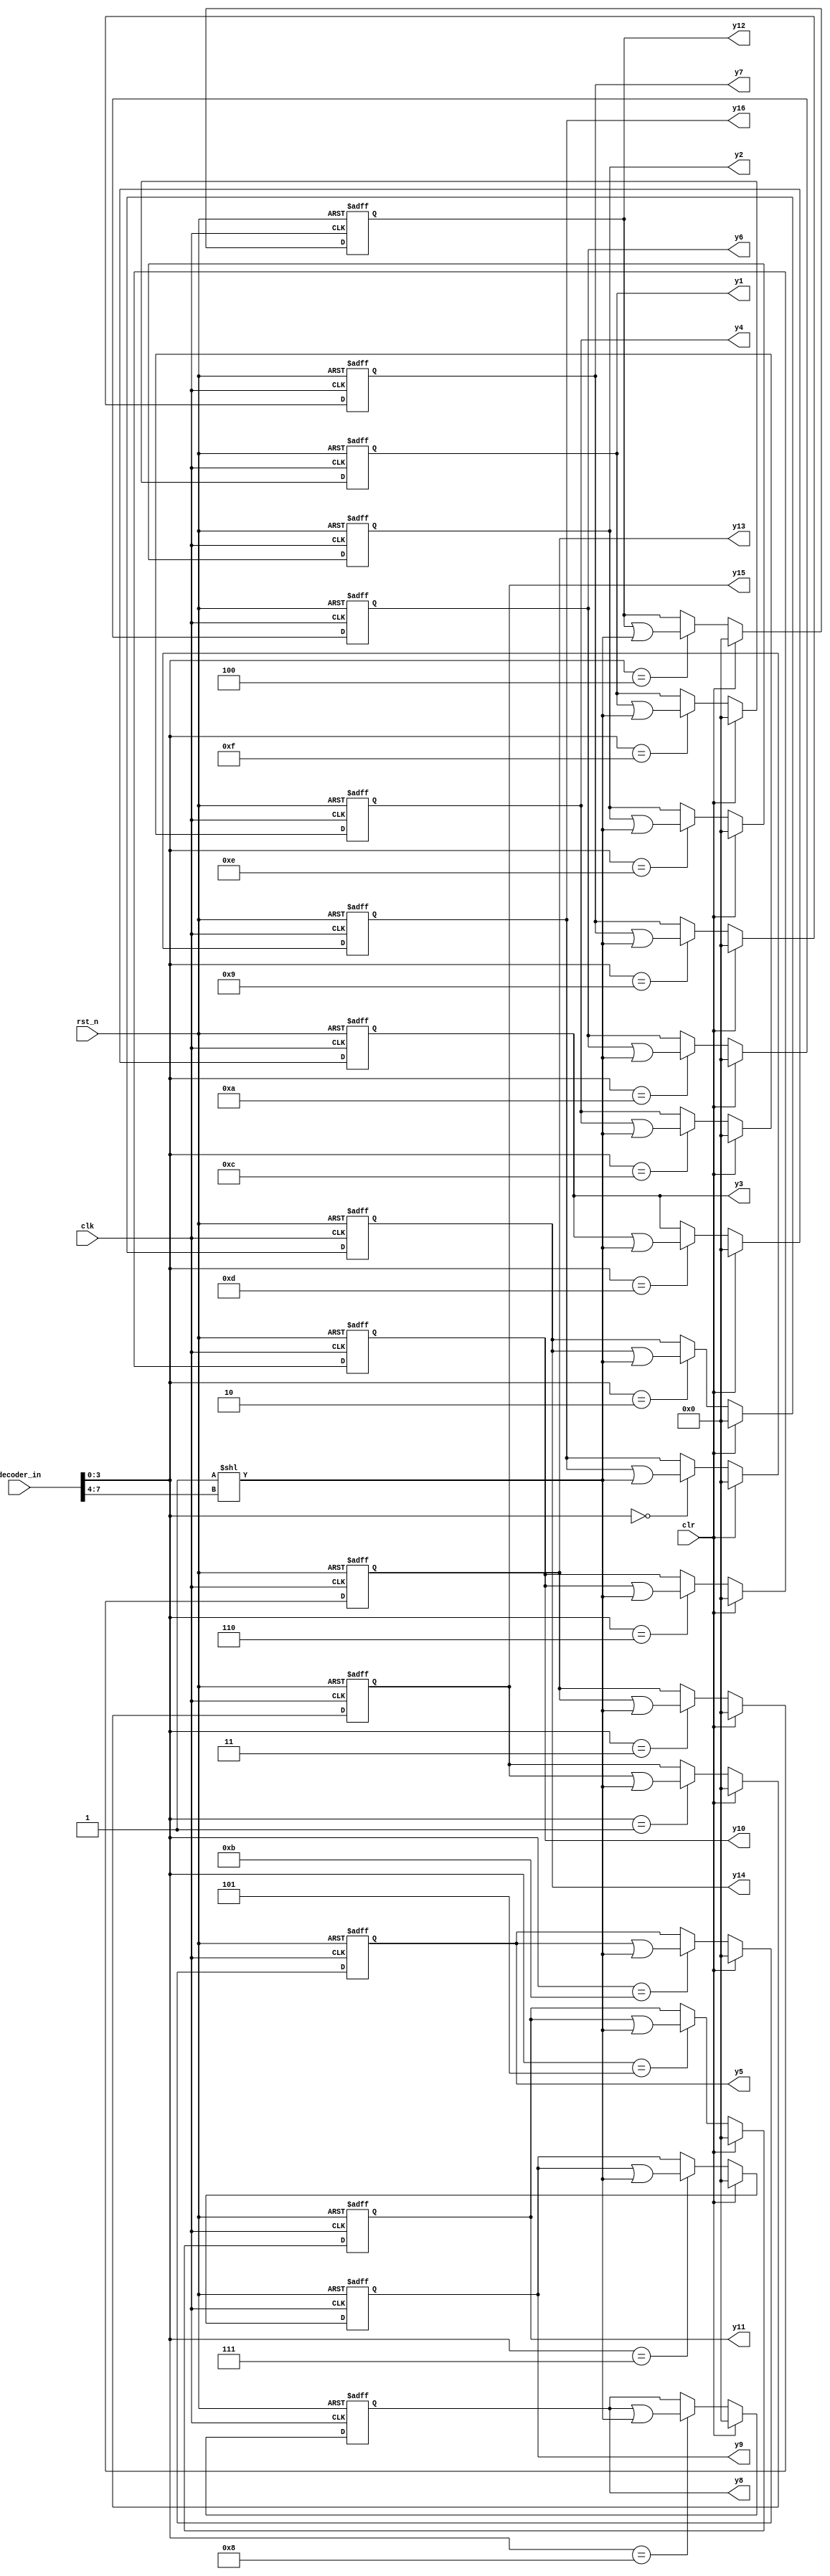
module decoder(// Inputs
	       clk, rst_n, clr, decoder_in,
	       // Outputs
	       y1, y2, y3, y4, y5, y6, y7, y8, y9, y10, y11, y12, y13, y14, y15, y16
	       );
   
   input       clk;
   input       rst_n;
   input       clr;
   input [7:0] decoder_in;
   
   output [15:0] y1, y2, y3, y4, y5, y6, y7, y8,
		 y9, y10, y11, y12, y13, y14, y15, y16;

   /*AUTOREG*/
   // Beginning of automatic regs (for this module's undeclared outputs)
   reg [15:0]		y1;
   reg [15:0]		y10;
   reg [15:0]		y11;
   reg [15:0]		y12;
   reg [15:0]		y13;
   reg [15:0]		y14;
   reg [15:0]		y15;
   reg [15:0]		y16;
   reg [15:0]		y2;
   reg [15:0]		y3;
   reg [15:0]		y4;
   reg [15:0]		y5;
   reg [15:0]		y6;
   reg [15:0]		y7;
   reg [15:0]		y8;
   reg [15:0]		y9;
   // End of automatics

   wire [15:0] 	 shift;
   
   assign shift = 16'b0000_0000_0000_0001 << (decoder_in[7:4]);

   always @(posedge clk or negedge rst_n)
     begin
	if(!rst_n)
	  begin
	     y1 <=16'h0000;	    
	     y2 <=16'h0000;		
	     y3 <=16'h0000;		
	     y4 <=16'h0000;
         y5 <=16'h0000;	    
	     y6 <=16'h0000;		
	     y7 <=16'h0000;		
	     y8 <=16'h0000;
         y9 <=16'h0000;	    
	     y10 <=16'h0000;		
	     y11 <=16'h0000;		
	     y12 <=16'h0000;
         y13 <=16'h0000;	    
	     y14 <=16'h0000;		
	     y15 <=16'h0000;		
	     y16 <=16'h0000;
	  end // if (!rst_n)
	else if(clr)
	  begin
	     y1 <=16'h0000;	    
	     y2 <=16'h0000;		
	     y3 <=16'h0000;		
	     y4 <=16'h0000;
         y5 <=16'h0000;	    
	     y6 <=16'h0000;		
	     y7 <=16'h0000;		
	     y8 <=16'h0000;
         y9 <=16'h0000;	    
	     y10 <=16'h0000;		
	     y11 <=16'h0000;		
	     y12 <=16'h0000;
         y13 <=16'h0000;	    
	     y14 <=16'h0000;		
	     y15 <=16'h0000;		
	     y16 <=16'h0000;
	  end // if (clr)
	else begin
	     case(decoder_in[3:0])
	      	4'b0000: y16 <= y16 | shift;
    		4'b0001: y15 <= y15 | shift; 
    	    4'b0010: y14 <= y14 | shift; 
    	    4'b0011: y13 <= y13 | shift; 
    	    4'b0100: y12 <= y12 | shift; 
    	    4'b0101: y11 <= y11 | shift; 
    	    4'b0110: y10 <= y10 | shift; 
    	    4'b0111: y9 <= y9 | shift; 
    	    4'b1000: y8 <= y8 | shift; 
    	    4'b1001: y7 <= y7 | shift; 
    	    4'b1010: y6 <= y6 | shift; 
    	    4'b1011: y5 <= y5 | shift; 
    	    4'b1100: y4 <= y4 | shift; 
    	    4'b1101: y3 <= y3 | shift; 
    	    4'b1110: y2 <= y2 | shift; 
    	    4'b1111: y1 <= y1 | shift;
	       default:
		 begin
		    y1 <=16'h0000;	    
		    y2 <=16'h0000;		
		    y3 <=16'h0000;		
		    y4 <=16'h0000;
		    y5 <=16'h0000;	    
		    y6 <=16'h0000;		
		    y7 <=16'h0000;		
		    y8 <=16'h0000;
		    y9 <=16'h0000;	    
		    y10 <=16'h0000;		
		    y11 <=16'h0000;		
		    y12 <=16'h0000;
		    y13 <=16'h0000;	    
		    y14 <=16'h0000;		
		    y15 <=16'h0000;	
		    y16 <=16'h0000;
		 end
	     endcase // case (decoder_in[3:0])
	  end // else: !if(!rst_n)
     end // always @ (posedge clk or negedge rst_n)

endmodule // decoder